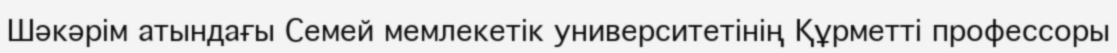
Шәкәрім атындағы Семей мемлекетік университетінің Құрметті профессоры